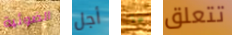
الضوئية أجل أيها تتعلق